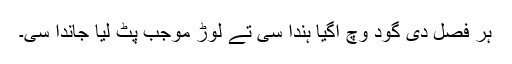
ہر فصل دی گود وچ اُگیا ہُندا سی تے لوڑ موجب پُٹ لیا جاندا سی۔